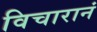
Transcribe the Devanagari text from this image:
विचारानं